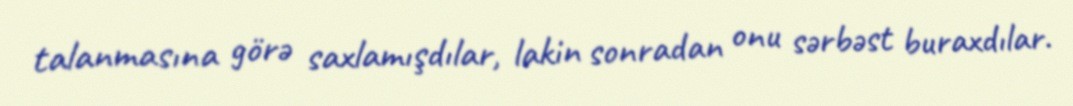
talanmasına görə saxlamışdılar, lakin sonradan onu sərbəst buraxdılar.